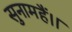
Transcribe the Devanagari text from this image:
सुनामहैं।।